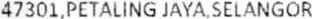
47301,PETALING JAYA,SELANGOR